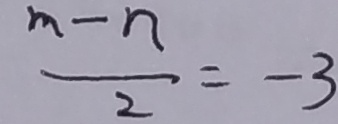
\frac { m - n } { 2 } = - 3